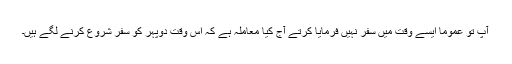
آپؐ تو عموماً ایسے وقت میں سفر نہیں فرمایا کرتے آج کیا معاملہ ہے کہ اس وقت دوپہر کو سفر شروع کرنے لگے ہیں۔